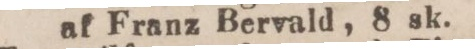
af Franz Bervald, 8 sk.